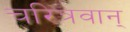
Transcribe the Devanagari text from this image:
चरित्रवान्‌